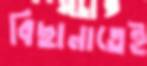
বিছানাতেই